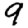
Digit: 9